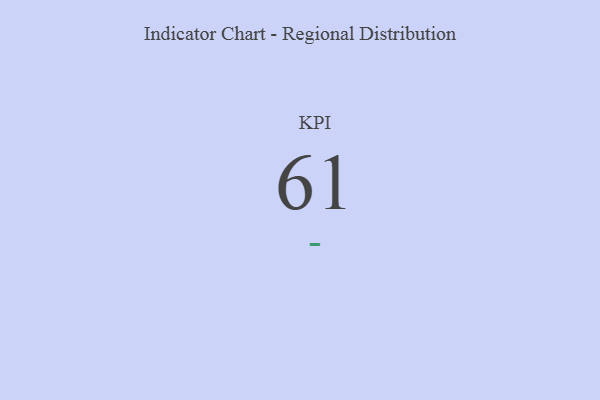
{"axis": {"x": "KPI", "y": "Value"}, "legend": [""], "data": [{"x": "KPI", "y": 61, "type": ""}]}